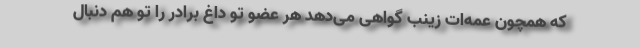
که همچون عمه‌ات زینب گواهی می‌دهد هر عضو تو داغ برادر را تو هم دنبال